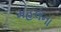
મહલના